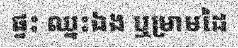
ផ្ទះ ឈ្នះឯង ឬម្រាមដៃ